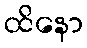
ထိနော